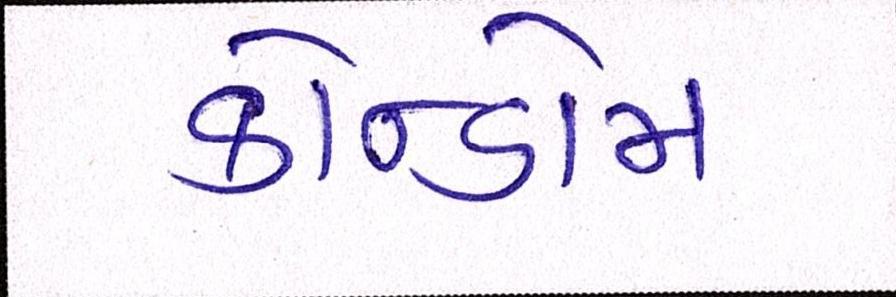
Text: કોન્ડોમ